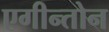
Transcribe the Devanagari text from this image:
एगीन्तोन